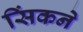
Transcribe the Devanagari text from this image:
सिंकने